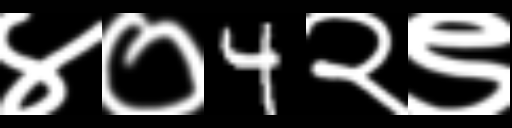
Text: ४०4२९